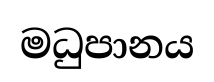
මධුපානය